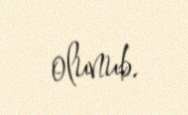
olunub.